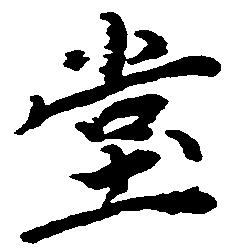
堂